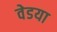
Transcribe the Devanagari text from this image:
वेडया